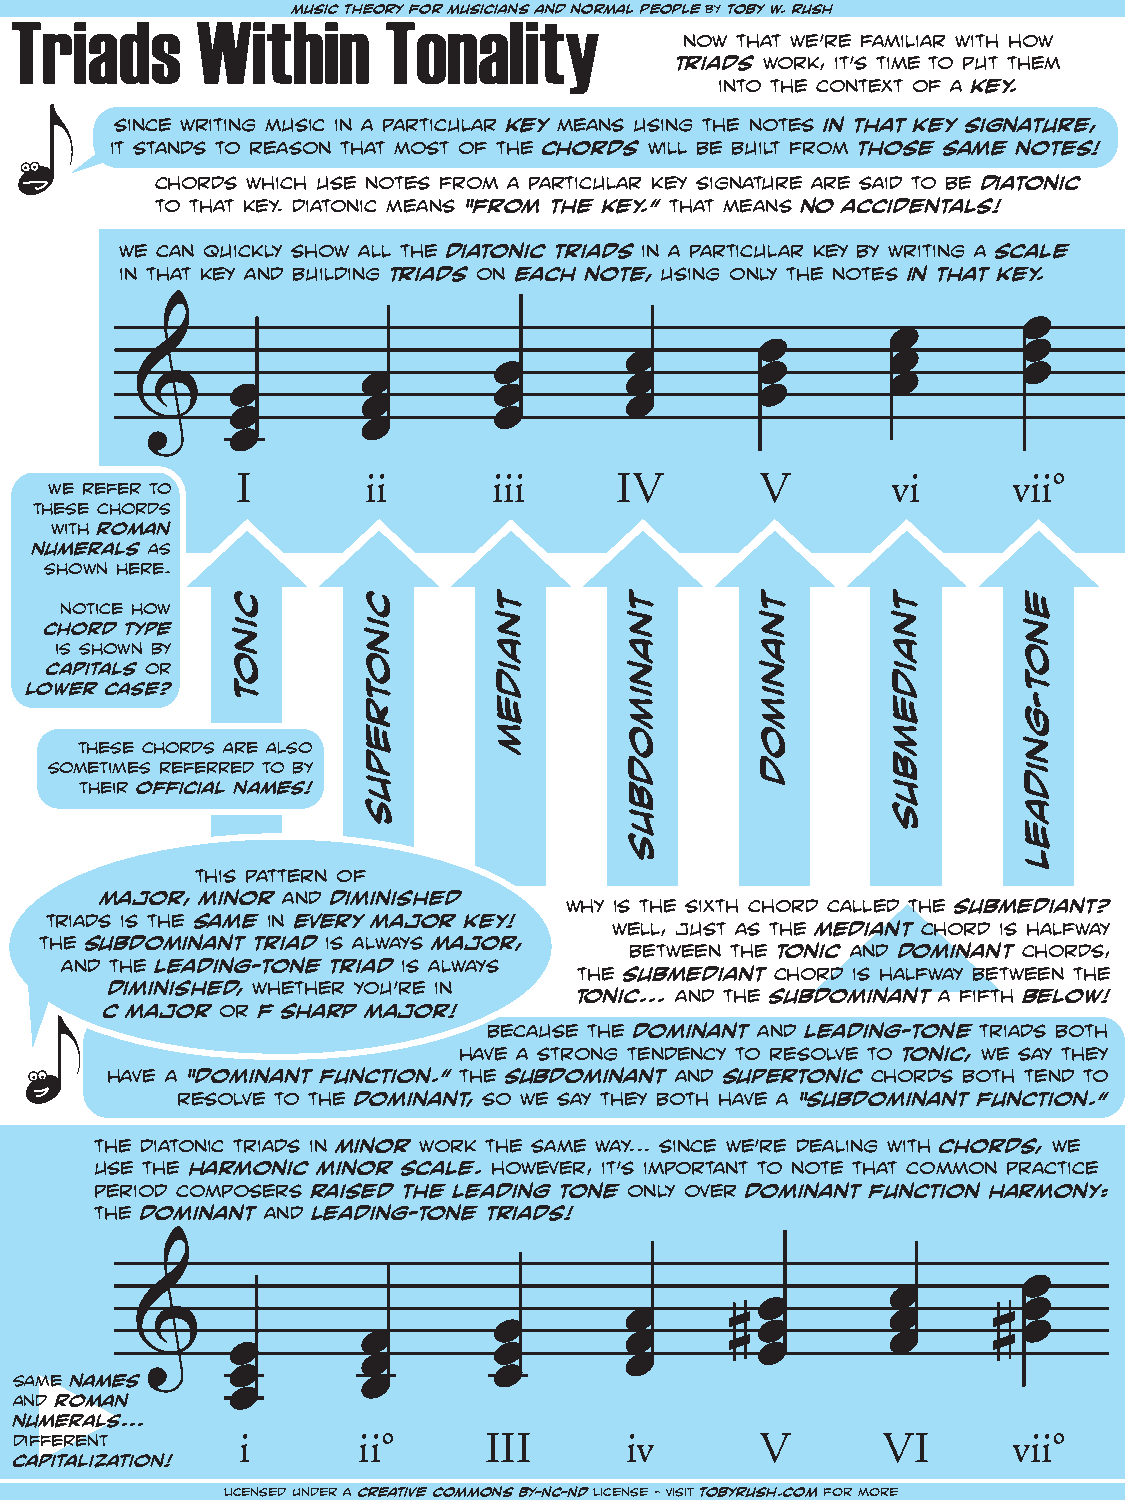
Triads      Witmhusiic nthe oTry foor nmusaicianlsi atnd ynormal people by toby w. rush
 now that we’re familiar with how
 triads work, it’s time to put them
 into the context of a key.
 since writing music in a particular key means using the notes in that key signature,
 it stands to reason that most of the chords will be built from those same notes!
 chords which use notes from a particular key signature are said to be diatonic
 to that key. diatonic means “from the key.” that means no accidentals!
 we can quickly show all the diatonic triads in a particular key by writing a scale
 in that key and building triads on each note, using only the notes in that key.
 œ
 œ
 œ                 œ
 œ                 œ
 œ                œ                 œ
 œ                œ                 œ
 &     œ                 œ                œ
 œ                œ
 œ                 œ
 œ
 œ
 I       ii       iii     IV       V        vi      vii°
 we refer to
 these chords
 with roman
 numerals as
 shown here.
 notice how
 chord type
 is shown by
 capitals or
 lower case?
 these chords are also
 sometimes referred to by
 their official names!
 this pattern of
 major, minor and diminished
 why is the sixth chord called the submediant?
 triads is the same in every major key!
 well, just as the mediant chord is halfway
 the subdominant triad is always major,
 between the tonic and dominant chords,
 and the leading-tone triad is always
 the submediant chord is halfway between the
 diminished, whether you’re in
 tonic... and the subdominant a fifth below!
 c major or f sharp major!
 because the dominant and leading-tone triads both
 have a strong tendency to resolve to tonic, we say they
 have a “dominant function.” the subdominant and supertonic chords both tend to
 resolve to the dominant, so we say they both have a “subdominant function.”
 the diatonic triads in minor work the same way... since we’re dealing with chords, we
 use the harmonic minor scale. however, it’s important to note that common practice
 period composers raised the leading tone only over dominant function harmony:
 the dominant and leading-tone triads!
 œ
 œ
 œ                 œ
 œ                 œ
 &                       œ              # œ               # œ
 œ                œ                 œ
 œ                 œ                œ
 œ                œ
 same names    œ                 œ
 œ
 and roman     œ
 numerals...
 different      i       ii°     III      iv       V       VI       vii°
 capitalization!
 licensed under a creative commons BY-NC-ND license - visit tobyrush.com for more
 cinot    cinotrepuS tnaidem tnanimodbus tnanimod tnaidembus enot-gnidael